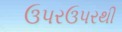
ઉપરઉપરથી